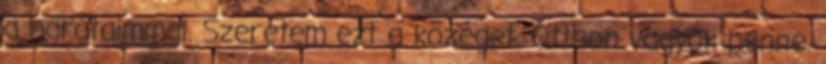
a barátaimmal. Szeretem ezt a közeget. Otthon vagyok benne.